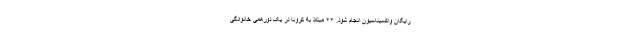
رایگان واکسیناسیون انجام شود. ۲۲ مبتلا به کرونا در یک دورهمی خانوادگی